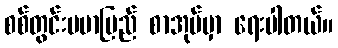
စစ်တွင်းဗမာပြည် စာအုပ်မှာ ရေးပါတယ်။